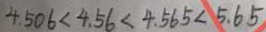
4 . 5 0 6 < 4 . 5 6 < 4 . 5 6 5 < 5 . 6 5